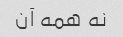
نه همه آن